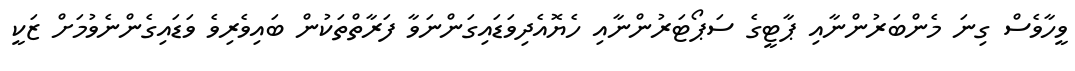
ވީހާވެސް ގިނަ މެންބަރުންނާއި ޕާޓީގެ ސަޕޯޓަރުންނާއި ހެޔޮއެދިވަޑައިގަންނަވާ ފަރާތްތަކުން ބައިވެރިވެ ވަޑައިގެންނެވުމަށް ޒަކީ